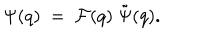
\Psi ( q ) ~ = ~ { \cal F } ( q ) ~ \tilde { \Psi } ( q ) .